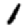
Digit: 1